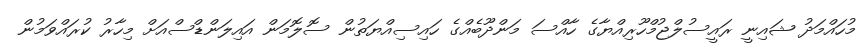
މުހައްމަދު ޝައިނީ ރައީސުލްޖުމްހޫރިއްޔާގެ ހާއްސަ މަންދޫބެއްގެ ހައިސިއްޔަތުން ސޮލޮމަން އައިލަންޑްސްއަށް މިހާރު ކުރައްވަމުން